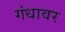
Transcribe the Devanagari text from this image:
गंधावर